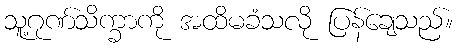
သူ့ဂုဏ်သိက္ခာကို အထိမခံသလို ပြန်ချေသည်။